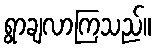
ရွာချလာကြသည်။